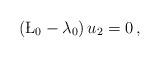
LaTeX: \begin{align*} (\L_0 -\lambda_0) \, u_2 = 0 \,,\end{align*}